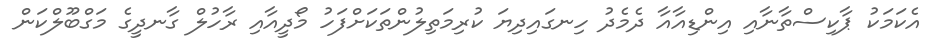
އެކަމަކު ޕާކިސްތާނާއި އިންޑިއާއާ ދެމެދު ހިނގައިދިޔަ ކުރިމަތިލުންތަކަށްފަހު މޯދީއާއި ރާހުލް ގާނދީގެ މަގްބޫލްކަން